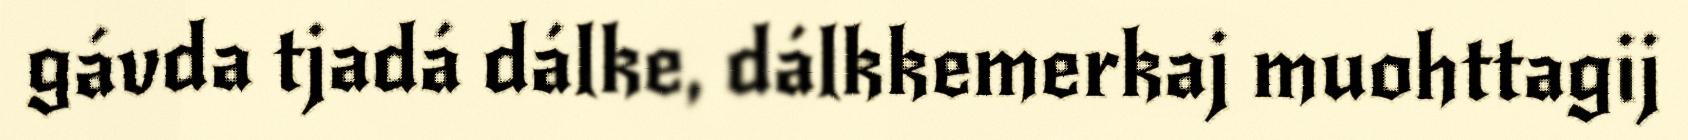
gávda tjadá dálke, dálkkemerkaj muohttagij